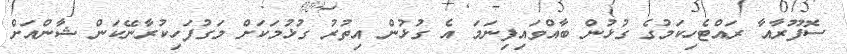
ސޮފޫރާއާ ރައްޓެހިކަމުގެ ގުޅުން ބާއްވައިފިނަމަ އެ ގުޅުން އިތުރު ގުޅުމަކަށް މަގުފަހިކުރާނޭކަން ޝާންއަށް